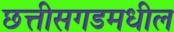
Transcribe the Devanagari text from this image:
छत्तीसगडमधील